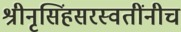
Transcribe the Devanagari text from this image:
श्रीनृसिंहसरस्वतींनीच